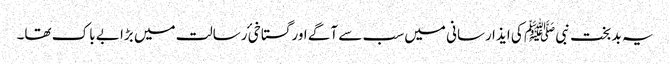
یہ بد بخت نبی ﷺ کی ایذا رسانی میں سب سے آگے اور گستاخیٔ رسالت میں بڑا بے باک تھا۔